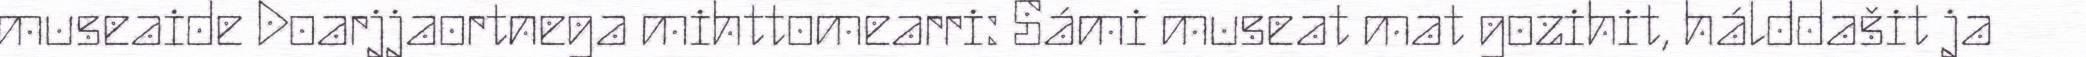
museaide Doarjjaortnega mihttomearri: Sámi museat mat gozihit, hálddašit ja